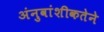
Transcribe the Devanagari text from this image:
अंनुवांशीकतेने